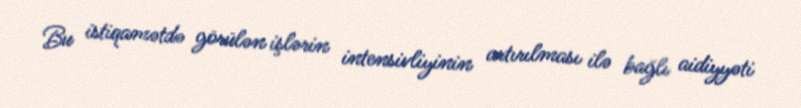
Bu istiqamətdə görülən işlərin intensivliyinin artırılması ilə bağlı aidiyyəti